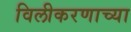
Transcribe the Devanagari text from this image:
विलीकरणाच्या